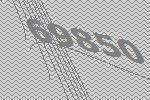
69850